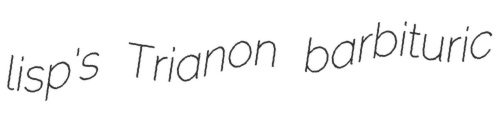
lisp's Trianon barbituric